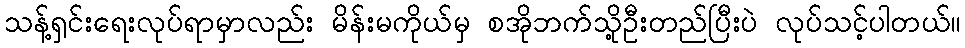
သန့်ရှင်းရေးလုပ်ရာမှာလည်း မိန်းမကိုယ်မှ စအိုဘက်သို့ဦးတည်ပြီးပဲ လုပ်သင့်ပါတယ်။